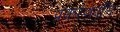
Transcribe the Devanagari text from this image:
प्रकरणवृत्ति